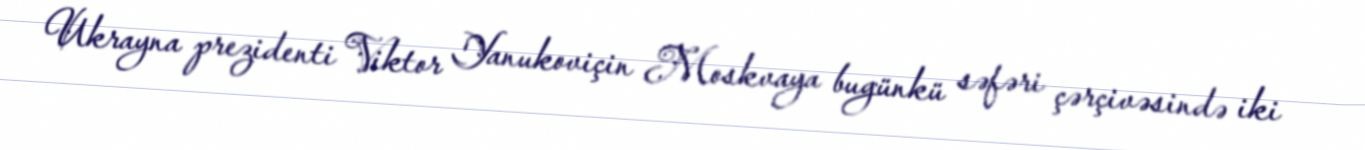
Ukrayna prezidenti Viktor Yanukoviçin Moskvaya bugünkü səfəri çərçivəsində iki